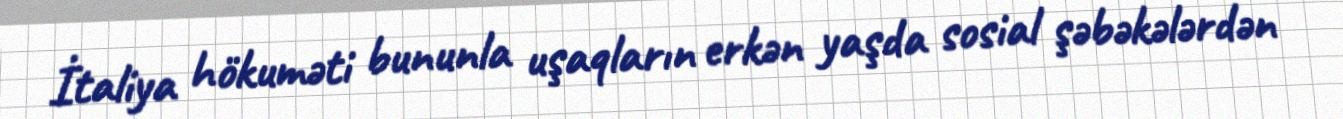
İtaliya hökuməti bununla uşaqların erkən yaşda sosial şəbəkələrdən